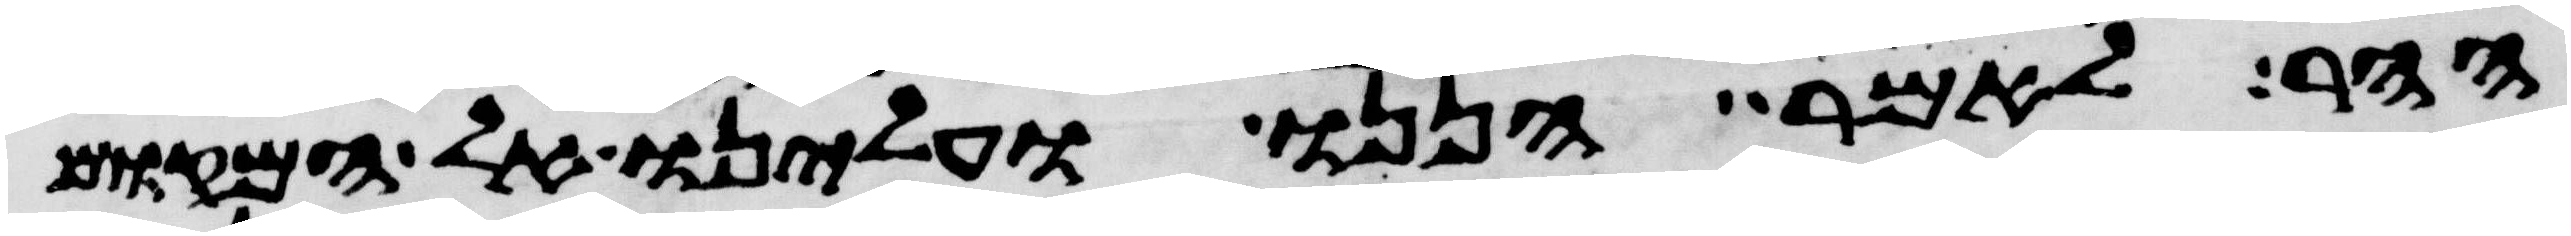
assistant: ההר לאמר הננו ועלינו אל המקום